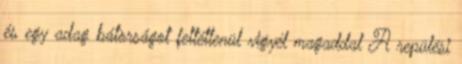
és egy adag bátorságot feltétlenül vigyél magaddal A repülési